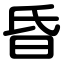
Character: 昏